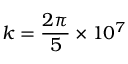
k = \frac { 2 \pi } { 5 } \times 1 0 ^ { 7 }